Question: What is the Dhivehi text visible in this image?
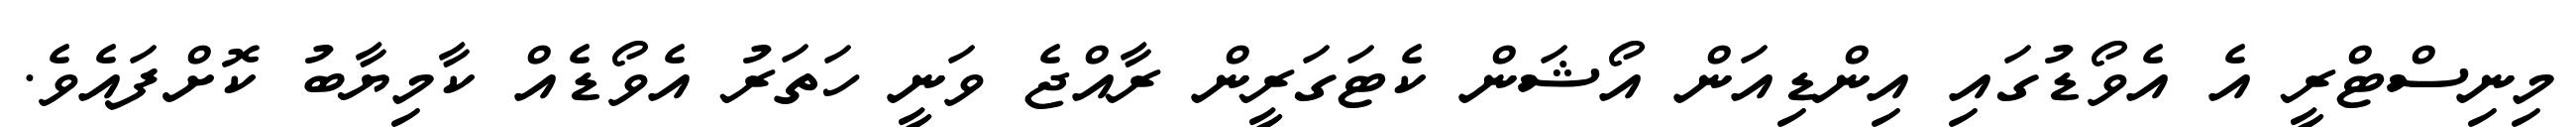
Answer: މިނިސްޓްރީ އެ އެވޯޑުގައި އިންޑިއަން އޯޝަން ކެޓަގަރީން ރާއްޖެ ވަނީ ހަތަރު އެވޯޑެއް ކާމިޔާބު ކޮށްފައެވެ.